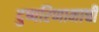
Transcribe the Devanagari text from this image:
दुष्परिणामाची